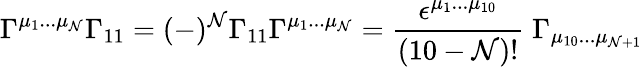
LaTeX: \Gamma^{\mu_{1}...\mu_{\mathcal{N}}}\Gamma_{11}=(-)^{\mathcal{N}}\Gamma_{11}\Gamma^{\mu_{1}...\mu_{\mathcal{N}}}={\frac{{\epsilon^{\mu_{1}...\mu_{10}}}}{{(10-\mathcal{N})!}}}\; \Gamma_{\mu_{10}...\mu_{\mathcal{N}+1}}